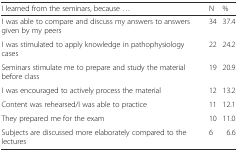
<table><thead><tr><td><b>I learned from the seminars, because ...</b></td><td><b>N</b></td><td><b>%</b></td></tr></thead><tbody><tr><td>I was able to compare and discuss my answers to answers given by my peers</td><td>34</td><td>37.4</td></tr><tr><td>I was stimulated to apply knowledge in pathophysiology cases</td><td>22</td><td>24.2</td></tr><tr><td>Seminars stimulate me to prepare and study the material before class</td><td>19</td><td>20.9</td></tr><tr><td>I was encouraged to actively process the material</td><td>12</td><td>13.2</td></tr><tr><td>Content was rehearsed/I was able to practice</td><td>11</td><td>12.1</td></tr><tr><td>They prepared me for the exam</td><td>10</td><td>11.0</td></tr><tr><td>Subjects are discussed more elaborately compared to the lectures</td><td>6</td><td>6.6</td></tr></tbody></table>